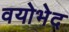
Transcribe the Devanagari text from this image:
वयोभेद